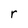
Character: r